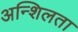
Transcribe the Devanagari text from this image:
अन्शिलता